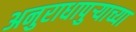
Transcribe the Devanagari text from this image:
अनुराधापुऱ्याच्या